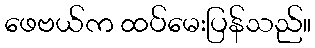
ဖေဗယ်က ထပ်မေးပြန်သည်။